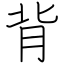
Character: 背